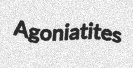
Agoniatites